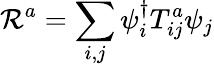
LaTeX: \mathcal{R}^{a}=\sum_{i,j}\psi_{i}^{\dagger}T_{ij}^{a}\psi_{j}